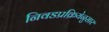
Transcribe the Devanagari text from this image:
निवडप्रक्रियेनुसार